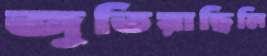
জুতিয়াছিলি